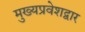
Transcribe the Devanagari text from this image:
मुख्यप्रवेशद्वार